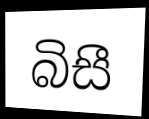
බිසී